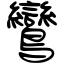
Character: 鸞